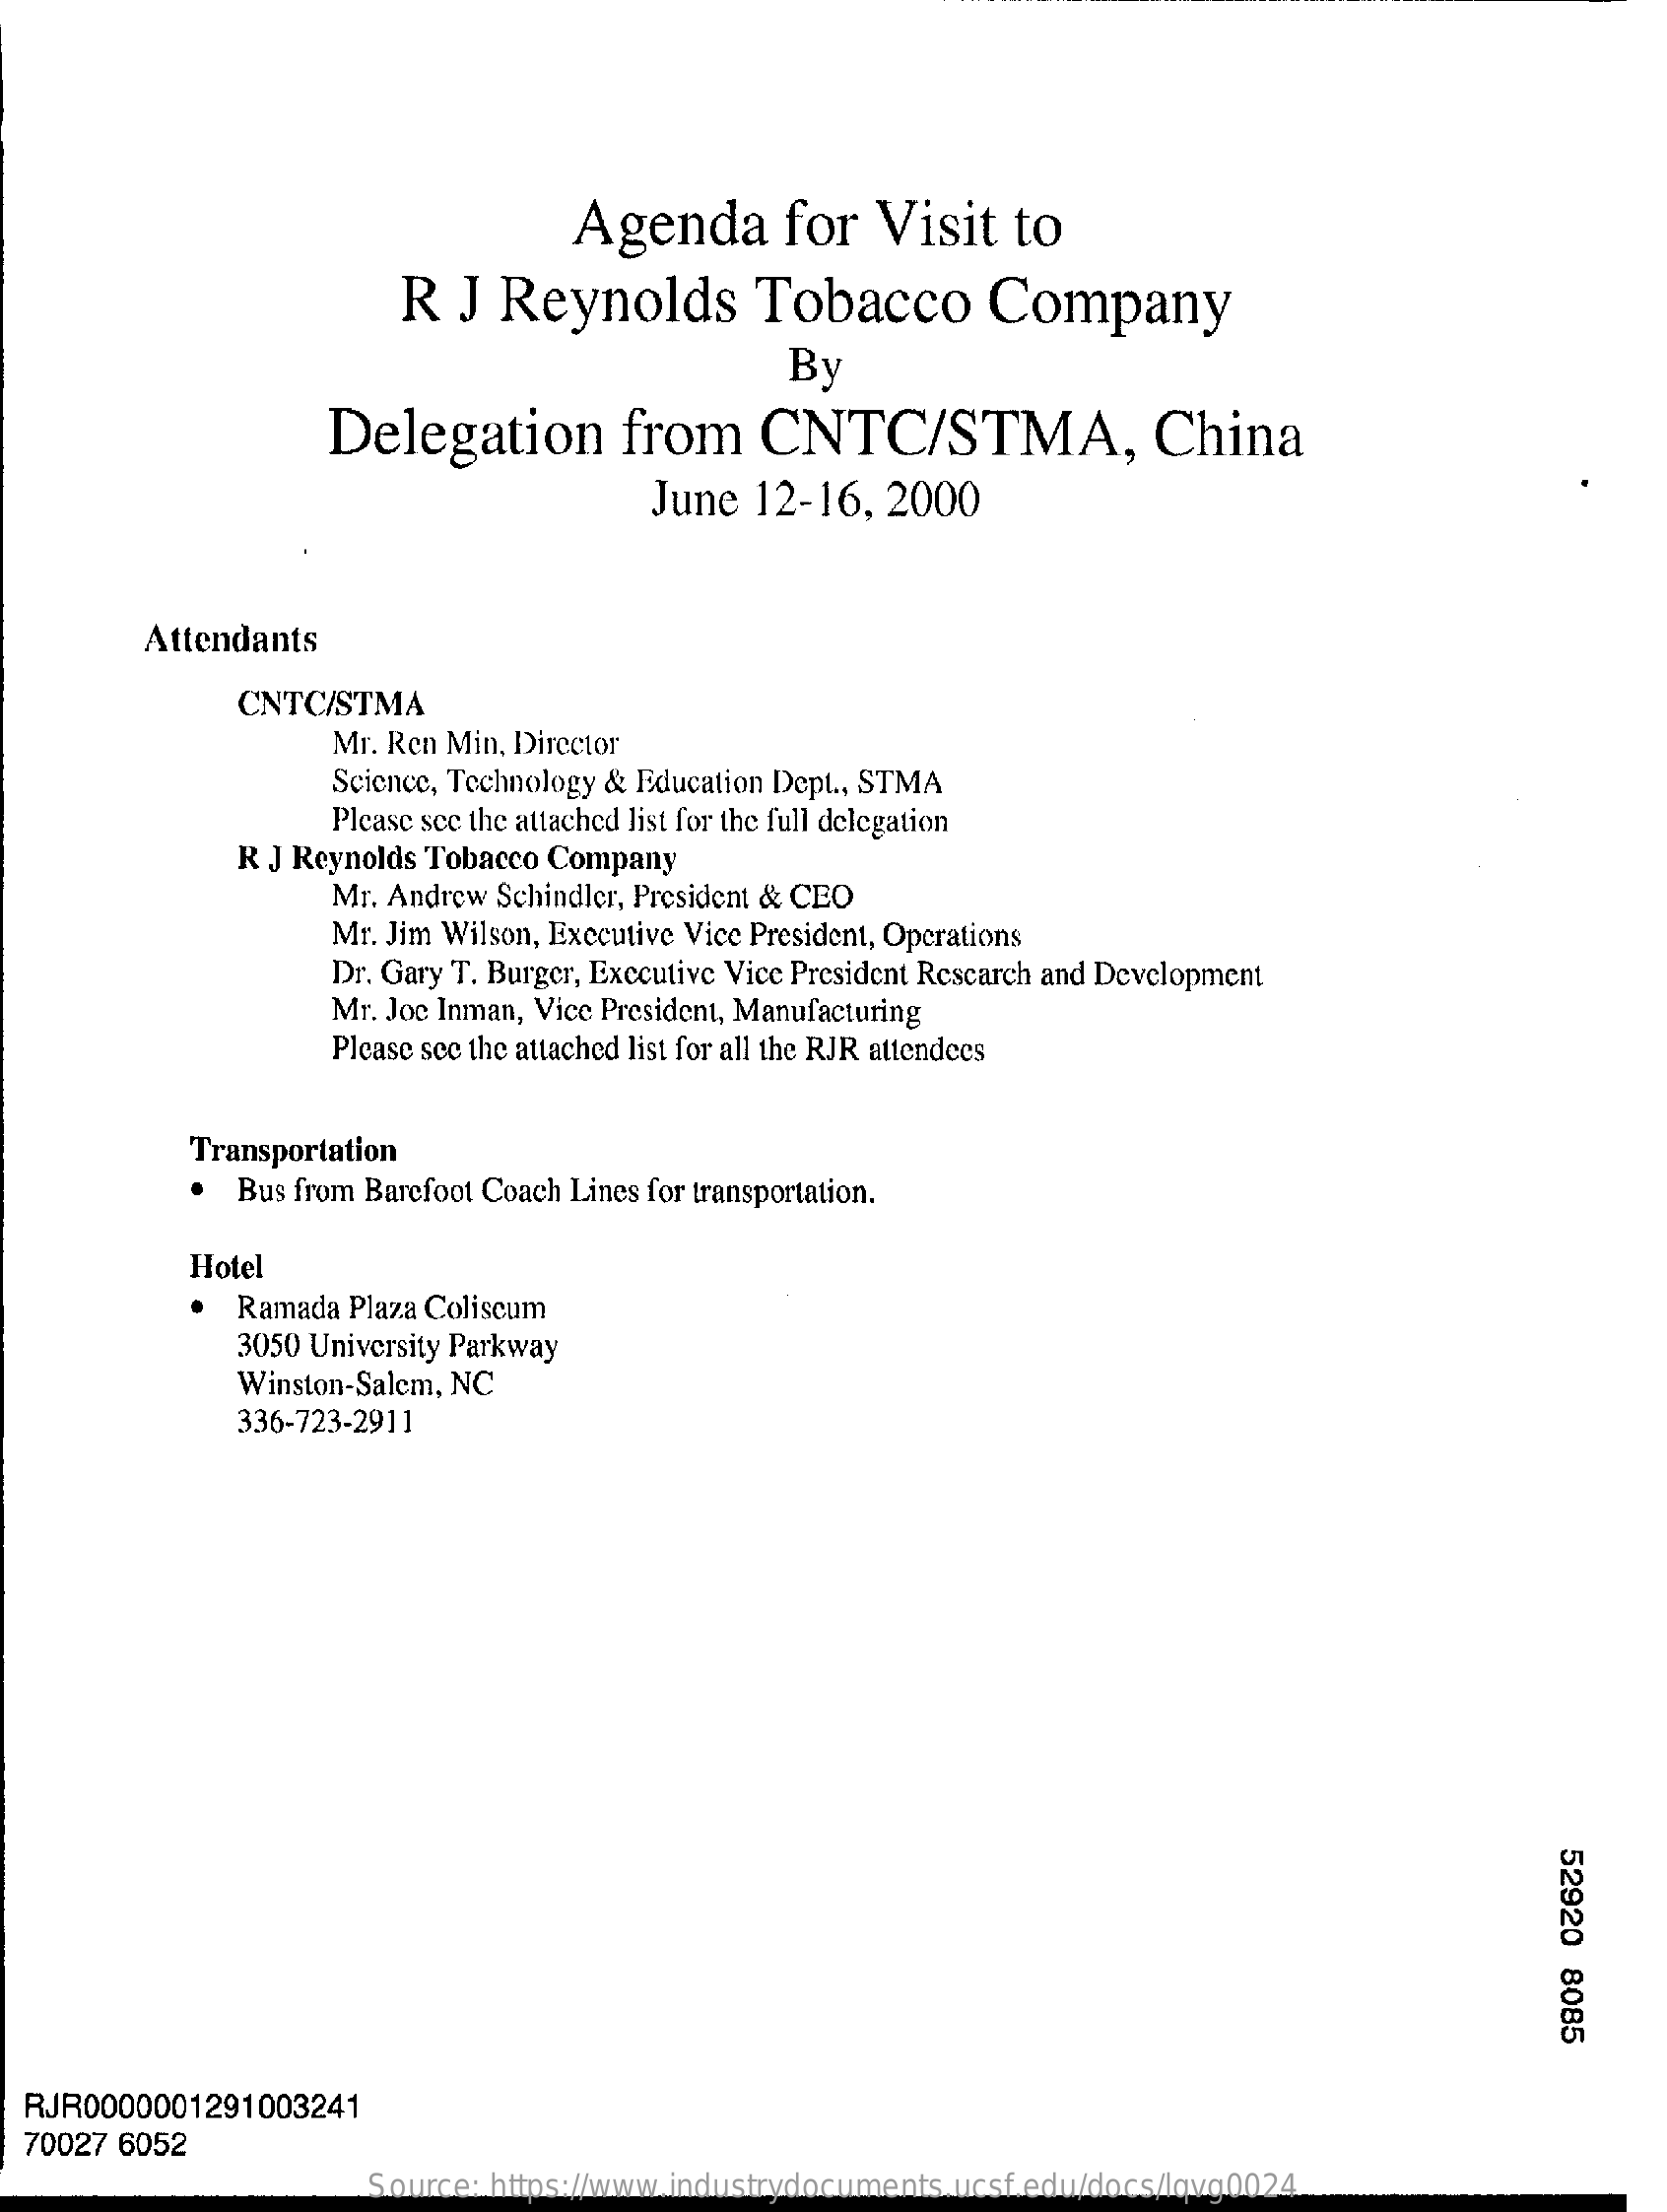
Agenda    for   Visit    to
     R  J  Reynolds    Tobacco    Company
     By
     Delegation    from    CNTC/STMA,    China
     June  12-16,   2000
     Attendants
     CNTC/STMA
     Mr. Ren Min, Director
     Science, Technology & Education Dept ., STMA
     Please see the attached list for the full delegation
     R J Reynolds Tobacco Company
     Mr. Andrew Schindler, President & CEO
     Mr. Jim Wilson, Executive Vice President, Operations
     Dr. Gary T. Burger, Executive Vice President Research and Development
     Mr. Joc Inman, Vice President, Manufacturing
     Please see the attached list for all the RJR attendees
     Transportation
     Bus from Barefoot Coach Lines for transportation.
     Hotel
     Ramada Plaza Coliscum
     3050 University Parkway
     Winston-Salem, NC
     336-723-2911
     52920
     8085
  RJR0000001291003241
  70027 6052
     Source: https://www.industrydocuments.ucsf.edu/docs/lqvg0024